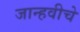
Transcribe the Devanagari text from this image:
जान्हवीचे